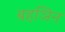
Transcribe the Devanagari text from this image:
बहञिन